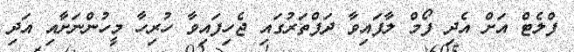
ފްލެޓް އަށް އެދި ފޯމް ލާފައިވާ ދަފްތަރުގައި ޖެހިފައިވާ ހުރިހާ މީހުންނަށާއި އަދި